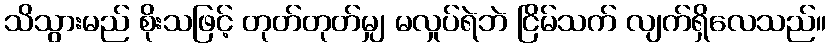
သိသွားမည် စိုးသဖြင့် တုတ်တုတ်မျှ မလှုပ်ရဲဘဲ ငြိမ်သက် လျက်ရှိလေသည်။